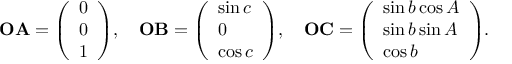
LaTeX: \mathbf { O A } = { \left( \begin{array} { l } { 0 } \\ { 0 } \\ { 1 } \end{array} \right) } , \quad \mathbf { O B } = { \left( \begin{array} { l } { \sin c } \\ { 0 } \\ { \cos c } \end{array} \right) } , \quad \mathbf { O C } = { \left( \begin{array} { l } { \sin b \cos A } \\ { \sin b \sin A } \\ { \cos b } \end{array} \right) } .